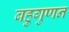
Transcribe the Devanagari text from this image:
बहुगुणन